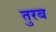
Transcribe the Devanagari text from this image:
तुरब